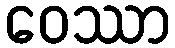
ဝေဿာ